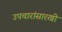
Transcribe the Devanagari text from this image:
उपचारांसारखी